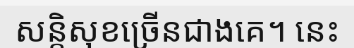
សន្តិសុខច្រើនជាងគេ។ នេះ